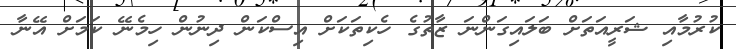
ކުރުމާއި ޝަރީއަތަށް ބަލައިގަންނަ ޒާތުގެ ހެކިތަކަށް އިސްކަން ދިނުން ހިމެނޭ ކަމަށް އޭނާ